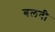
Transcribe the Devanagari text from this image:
बलवी